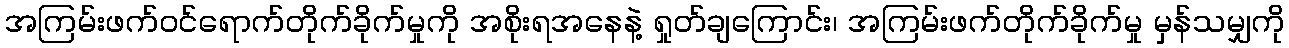
အကြမ်းဖက်ဝင်ရောက်တိုက်ခိုက်မှုကို အစိုးရအနေနဲ့ ရှုတ်ချကြောင်း၊ အကြမ်းဖက်တိုက်ခိုက်မှု မှန်သမျှကို